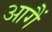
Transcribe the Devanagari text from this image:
आगैं